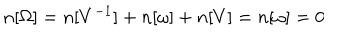
n [ \Omega ] = n [ V ^ { - 1 } ] + n [ \omega ] + n [ V ] = n [ \omega ] = 0